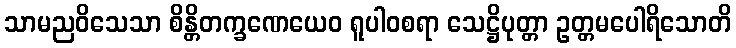
သာမညဝိသေသာ စိန္တိတက္ခဏေယေဝ ရူပါဝစရာ သေဋ္ဌိပုတ္တာ ဥတ္တမပေါရိသောတိ